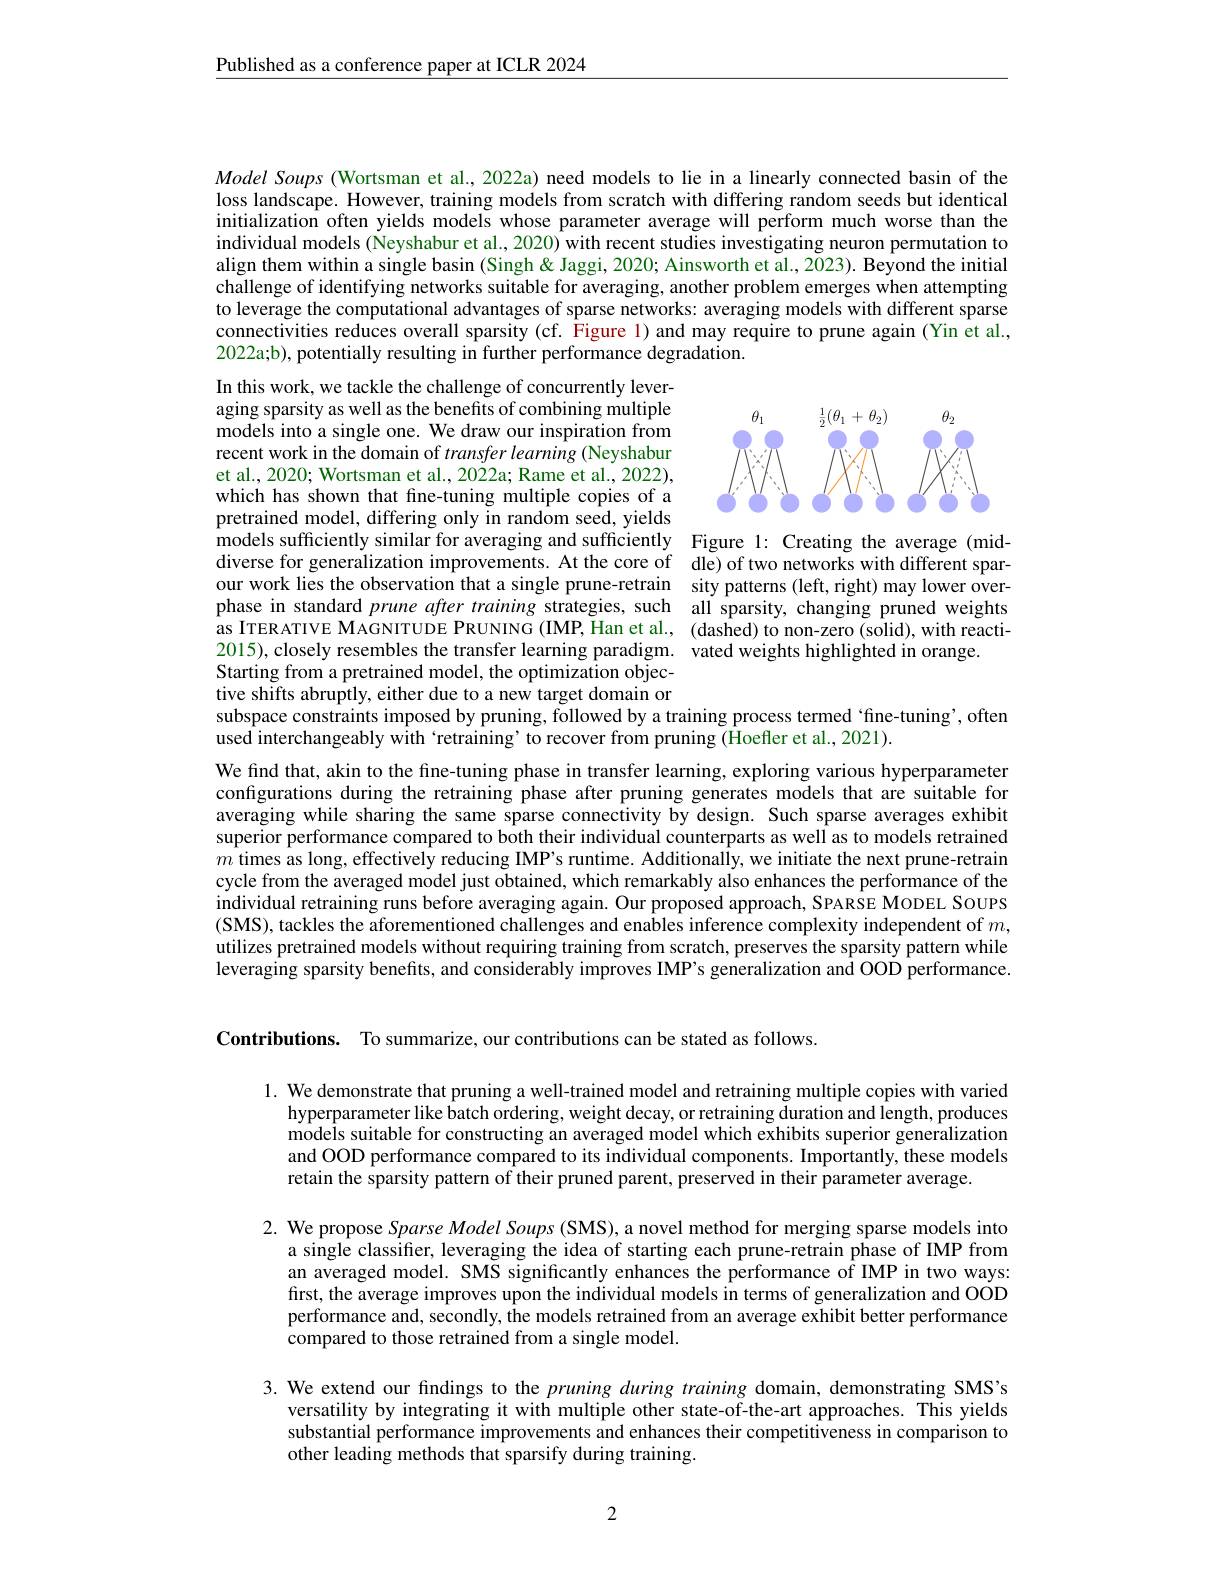
Published as a conference paper at ICLR 2024

Model Soups (Wortsman et al., 2022a) need models to lie in a linearly connected basin of the loss landscape. However, training models from scratch with differing random seeds but identical initialization often yields models whose parameter average will perform much worse than the individual models (Neyshabur et al., 2020) with recent studies investigating neuron permutation to align them within a single basin (Singh& Jaggi, 2020; Ainsworth et al., 2023). Beyond the initial challenge of identifying networks suitable for averaging, another problem emerges when attempting to leverage the computational advantages of sparse networks: averaging models with different sparse connectivities reduces overall sparsity (cf. Figure 1) and may require to prune again (Yin et al., 2022a;b), potentially resulting in further performance degradation.

<FigureHere>

In this work, we tackle the challenge of concurrently leveraging sparsity as well as the benefits of combining multiple models into a single one. We draw our inspiration from recent work in the domain of transfer learning (Neyshabur et al., 2020; Wortsman et al., 2022a; Rame et al., 2022), which has shown that fine-tuning multiple copies of a pretrained model, differing only in random seed, yields models sufficiently similar for averaging and sufficiently Figure 1: Creating the average (mid-) diverse for generalization improvements. At the core of dle) of two networks with different sparour work lies the observation that a single prune-retrain sity patterns (left, right) may lower overphase in standard prune after training strategies, such all sparsity, changing pruned weights as ITERATIVE MAGNITUDE PRUNING (IMP, Han et al., (dashed) to non-zero (solid), with reacti- 2015), closely resembles the transfer learning paradigm. vated weights highlighted in orange.
Starting from a pretrained model, the optimization objective shifts abruptly, either due to a new target domain or subspace constraints imposed by pruning, followed by a training process termed ‘fine-tuning’, often

used interchangeably with `retraining’to recover from pruning (Hoefler et al.,2021).

We find that, akin to the fine-tuning phase in transfer learning, exploring various hyperparameter configurations during the retraining phase after pruning generates models that are suitable for averaging while sharing the same sparse connectivity by design. Such sparse averages exhibit superior performance compared to both their individual counterparts as well as to models retrained $m$ times as long, effectively reducing IMP's runtime. Additionally, we initiate the next prune-retrain cycle from the averaged model just obtained, which remarkably also enhances the performance of the individual retraining runs before averaging again. Our proposed approach, SPARSE MoDEL SOUPS (SMS), tackles the aforementioned challenges and enables inference complexity independent of $m$, utilizes pretrained models without requiring training from scratch, preserves the sparsity pattern while leveraging sparsity benefits, and considerably improves IMP's generalization and OOD performance.

Contributions. To summarize, our contributions can be stated as follows.

1. We demonstrate that pruning a well-trained model and retraining multiple copies with varied
hyperparameter like batch ordering, weight decay, or retraining duration and length, produces models suitable for constructing an averaged model which exhibits superior generalization and OOD performance compared to its individual components. Importantly, these models retain the sparsity pattern of their pruned parent, preserved in their parameter average.

2. We propose Sparse Model Soups (SMS), a novel method for merging sparse models into
a single classifier, leveraging the idea of starting each prune-retrain phase of IMP from an averaged model. SMS significantly enhances the performance of IMP in two ways: first, the average improves upon the individual models in terms of generalization and OOD performance and, secondly, the models retrained from an average exhibit better performance compared to those retrained from a single model.

3. We extend our findings to the pruning during training domain, demonstrating SMS's
versatility by integrating it with multiple other state-of-the-art approaches. This yields substantial performance improvements and enhances their competitiveness in comparison to other leading methods that sparsify during training.

2